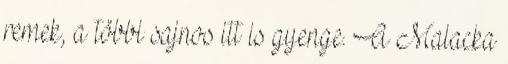
remek, a többi sajnos itt is gyenge. A Malacka